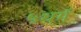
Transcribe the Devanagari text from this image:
५धर्म